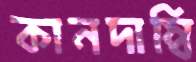
কানদাম্বি